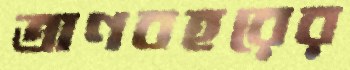
ত্রাণবহরের